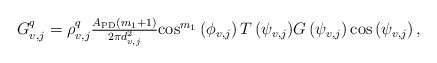
\begin{align*}\begin{array}{*{20}{l}}{{G_{v,j}^q} = \rho_{v,j}^q\frac{{{A_{{\rm{PD}}}}\left( {m_1 + 1} \right)}}{{2\pi d_{v,j}^2}}{\cos ^{m_1}}\left( {{\phi _{v,j}}} \right)T\left( {{\psi _{v,j}}} \right)}{G\left( {{\psi _{v,j}}} \right) {\cos }\left( {{\psi _{v,j}}} \right),}\end{array}\end{align*}